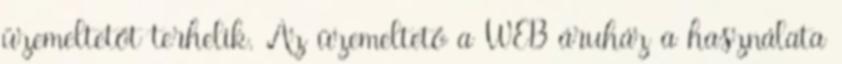
üzemeltetőt terhelik. Az üzemeltető a WEB áruház a használata